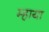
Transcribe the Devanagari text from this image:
म्हाया